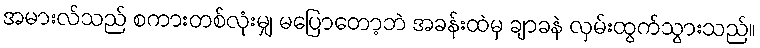
အမားလ်သည် စကားတစ်လုံးမျှ မပြောတော့ဘဲ အခန်းထဲမှ ချာခနဲ လှမ်းထွက်သွားသည်။